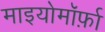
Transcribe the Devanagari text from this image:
माइयोमॉर्फ़ा